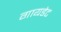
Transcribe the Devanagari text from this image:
गायडेट